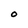
Character: 0